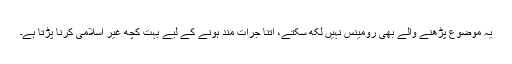
یہ موضوع پڑھنے والے بھی رومینس نہیں لکھ سکتے، اتنا جرات مند ہونے کے لیے بہت کچھ غیر اسلامی کرنا پڑتا ہے۔